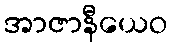
အာဇာနီယေဝ